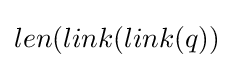
len(link(link(q))